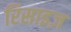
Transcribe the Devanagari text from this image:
रिसाइज़